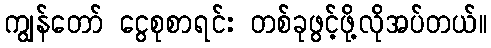
ကျွန်တော် ငွေစုစာရင်း တစ်ခုဖွင့်ဖို့လိုအပ်တယ်။